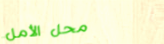
محل الأمل